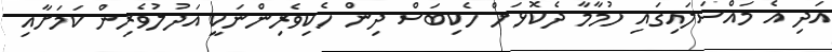
އަދި އެ މައްސަލައިގައި ހުމާމާ ދެކޮޅަށް ހެކިބަސް ދިން ހެކިވެރިންނަކީ އަދުލުވެރިން ކަމަށާއި